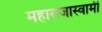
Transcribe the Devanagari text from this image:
महाराजास्‍वामी